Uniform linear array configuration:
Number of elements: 32
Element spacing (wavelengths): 0.5
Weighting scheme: binomial
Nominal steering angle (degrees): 30
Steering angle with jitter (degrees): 30.362
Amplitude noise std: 0.05
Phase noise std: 0.05

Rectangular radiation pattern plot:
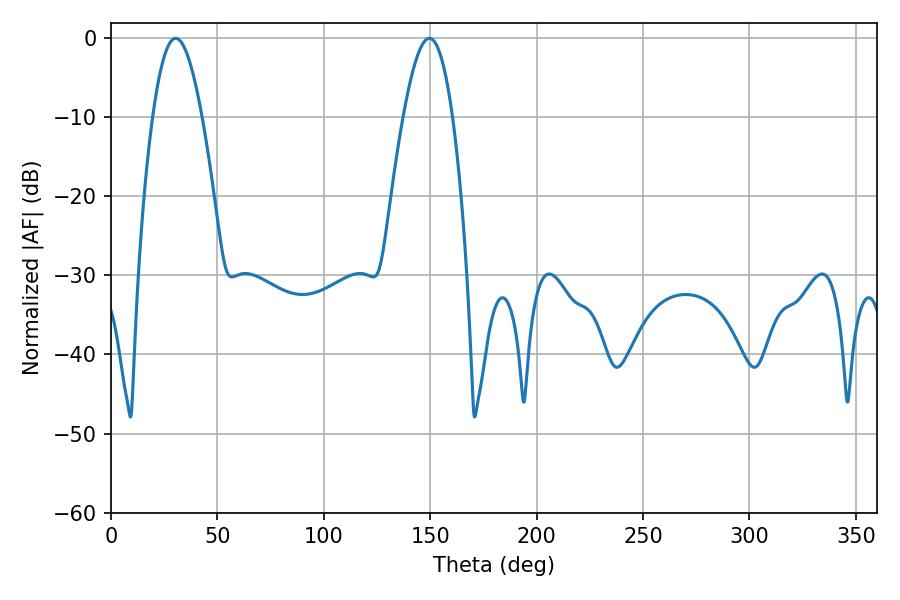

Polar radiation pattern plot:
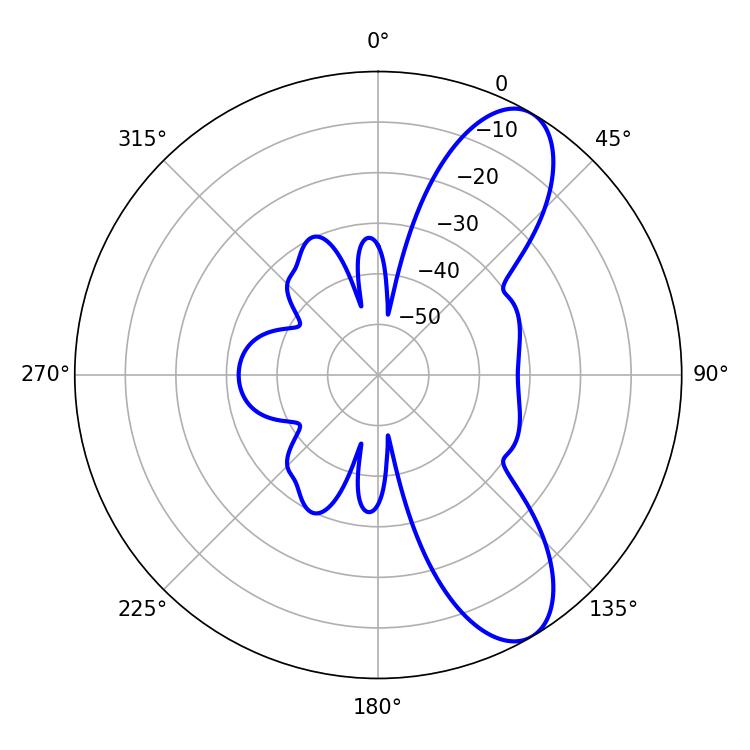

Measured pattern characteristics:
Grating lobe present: FALSE
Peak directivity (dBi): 9.161
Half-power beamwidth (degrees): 12.6
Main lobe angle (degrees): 30.42